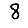
Digit: 8